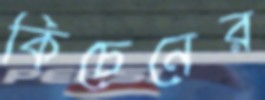
কিচেনের